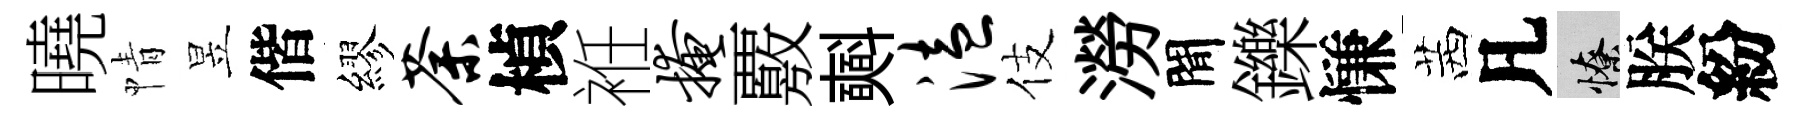
曉情昱偕繆荼楨袵掩覈𣂏溘伎澇閒鑠慊茜凡憭朕紛